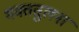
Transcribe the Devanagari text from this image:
भक्ततुलना